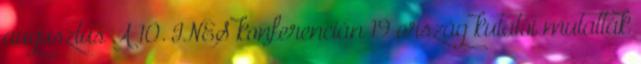
augusztus A 10. INES konferencián 19 ország kutatói mutatták